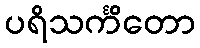
ပရိသင်္ကိတော